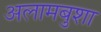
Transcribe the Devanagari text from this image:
अलामबुशा